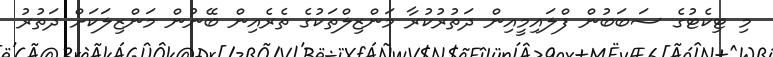
މި ޓިކެޓުގެ ސަބަބުން ފްލައިމީއިން ދަތުރުކުރާ މަންޒިލްތަކުގެ ތެރެެއިން ބޭނުން މަންޒިލަކަށް ދަތުރު